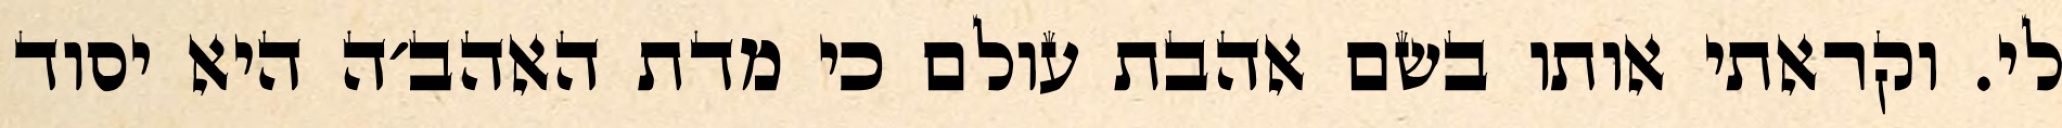
לי. וקראתי אותו בשם אהבת עולם כי מדת האהב׳ה היא יסוד